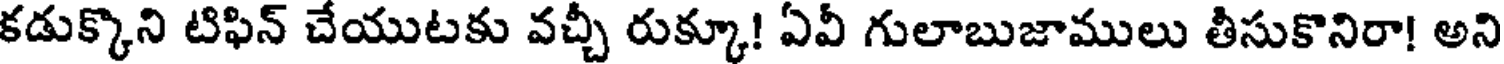
కడుక్కొని టిఫిన్ చేయుటకు వచ్చీ రుక్కూ! ఏవీ గులాబుజాములు తీసుకొనిరా! అని